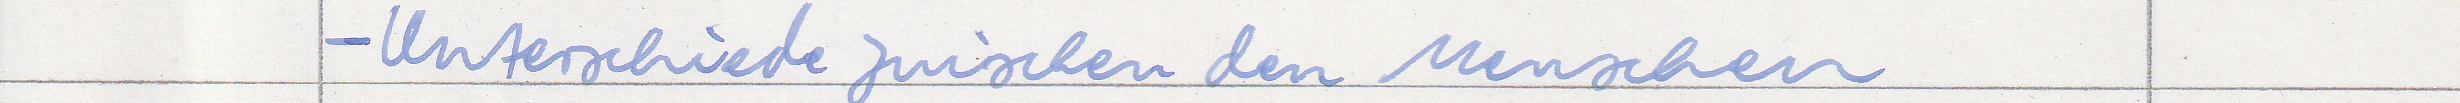
- Unterschied zwischen den Menschen